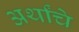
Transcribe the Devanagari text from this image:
अर्थांचे